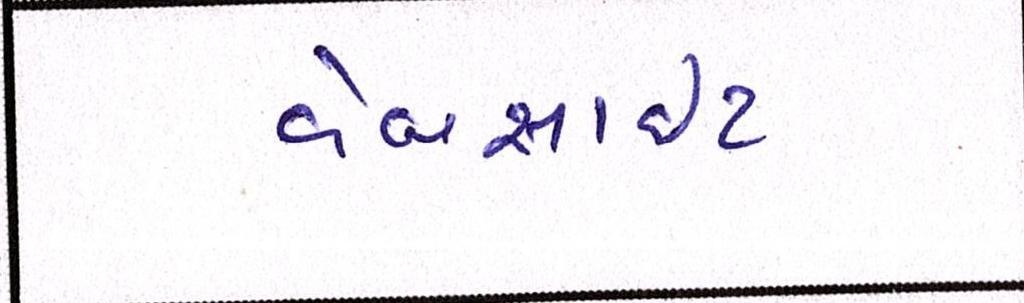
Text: વેબસાઈટ